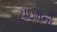
ટાઇમનો